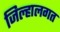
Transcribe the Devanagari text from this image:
जिल्हालगत